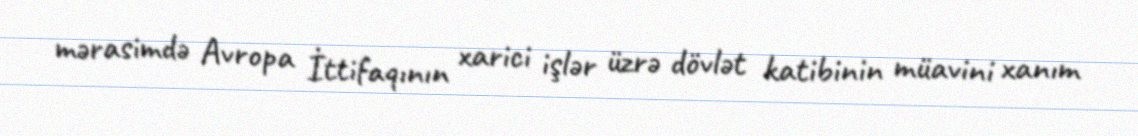
mərasimdə Avropa İttifaqının xarici işlər üzrə dövlət katibinin müavini xanım